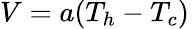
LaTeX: V=a(T_{h}-T_{c})\,